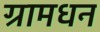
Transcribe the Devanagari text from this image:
ग्रामधन